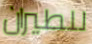
للطيران